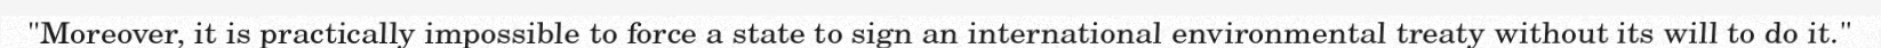
"Moreover, it is practically impossible to force a state to sign an international environmental treaty without its will to do it."